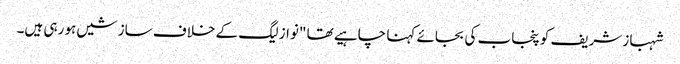
شہباز شریف کو پنجاب کی بجائے کہنا چاہیے تھا "نواز لیگ کے خلاف سازشیں ہو رہی ہیں۔